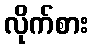
လိုက်စား